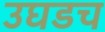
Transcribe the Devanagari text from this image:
उघडच